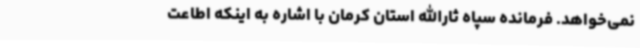
نمی‌خواهد. فرمانده سپاه ثارالله استان کرمان با اشاره به اینکه اطاعت